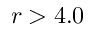
r > 4 . 0